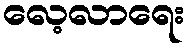
လေ့လာရေး